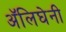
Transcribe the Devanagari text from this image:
अॅलिघेनी